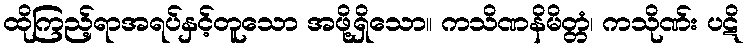
ထိုကြည့်ရာအရပ်နှင့်တူသော အဖို့ရှိသော။ ကသိဏနိမိတ္တံ၊ ကသိုဏ်း ပဋိ